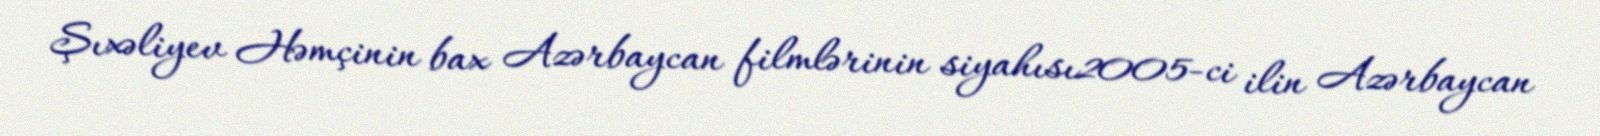
Şıxəliyev Həmçinin bax Azərbaycan filmlərinin siyahısı2005-ci ilin Azərbaycan